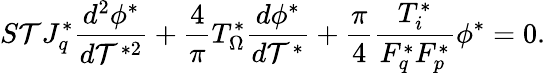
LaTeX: S\mathcal{T}J_{q}^{*}\frac{{d^{2}\phi^{*}}}{{d\mathcal{T}^{*2}}}+\frac{{4}}{{\pi}}T_{\Omega}^{*}\frac{{d\phi^{*}}}{{d\mathcal{T}^{*}}}+\frac{{\pi}}{{4}}\frac{{T_{i}^{*}}}{{F_{q}^{*}F_{p}^{*}}}\phi^{*}=0.